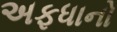
અફધાનો